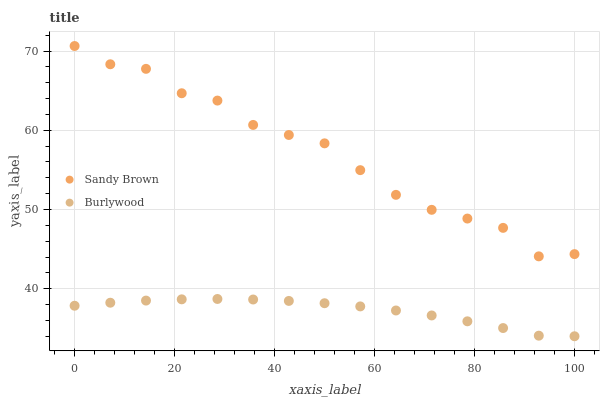
| xaxis_label | Sandy Brown | Burlywood |
 | --- | --- | --- |
 | 0 | 70.6 | 37.9 |
 | 7.14 | 68.3 | 38.2 |
 | 14.3 | 67.7 | 38.5 |
 | 21.4 | 64.7 | 38.7 |
 | 28.6 | 63.7 | 38.7 |
 | 35.7 | 60.7 | 38.6 |
 | 42.9 | 59.4 | 38.5 |
 | 50 | 58.3 | 38.2 |
 | 57.1 | 55 | 37.8 |
 | 64.3 | 51.8 | 37.3 |
 | 71.4 | 50 | 36.6 |
 | 78.6 | 48.9 | 35.9 |
 | 85.7 | 47.7 | 35 |
 | 92.9 | 44.1 | 34.1 |
 | 100 | 44.4 | 34 |